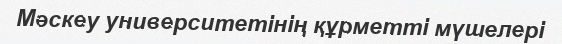
Мәскеу университетінің құрметті мүшелері